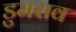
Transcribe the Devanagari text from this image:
डुमराव